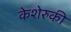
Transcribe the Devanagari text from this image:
केशेरुकी